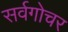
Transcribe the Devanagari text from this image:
सर्वगोचर